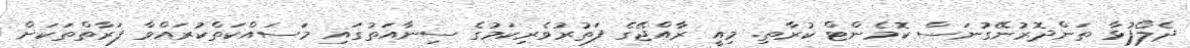
ދެލޯފުޅާ ތަންދޮރުނޭގުނަސް ކޮމެންޓް ކުރާތި. މިއީ ރާއްޖޭގެ ފަތުރުވެރިކަމުގެ ސިނާއަތުގައި މަސައްކަތްކުރައްވާ ފަރާތްތަކަށް